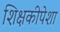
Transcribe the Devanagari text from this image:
शिक्षकीपेशा